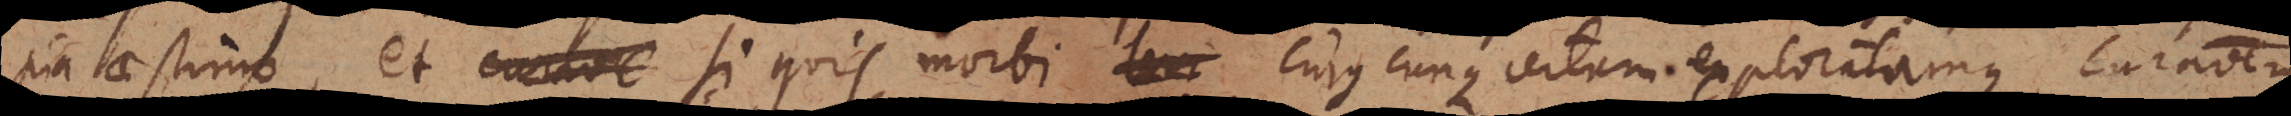
pia aestimo, et si quis morbi cujuscunque certam exploratamque curationem